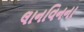
લાનવિનના